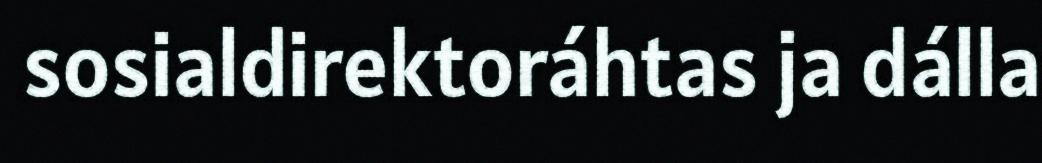
sosialdirektoráhtas ja dálla